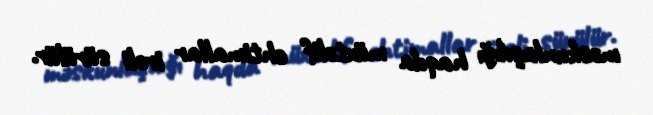
məskunlaşdığı haqda müxtəlif ehtimallar irəli sürülür.